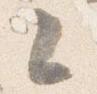
々